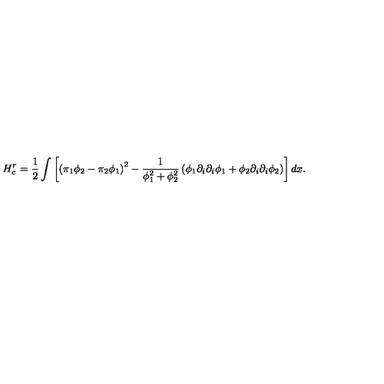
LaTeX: H _ { c } ^ { r } = { \frac { 1 } { 2 } } \int \left[ \left( \pi _ { 1 } \phi _ { 2 } - \pi _ { 2 } \phi _ { 1 } \right) ^ { 2 } - { \frac { 1 } { \phi _ { 1 } ^ { 2 } + \phi _ { 2 } ^ { 2 } } } \left( \phi _ { 1 } \partial _ { i } \partial _ { i } \phi _ { 1 } + \phi _ { 2 } \partial _ { i } \partial _ { i } \phi _ { 2 } \right) \right] d x .